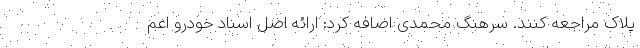
پلاک مراجعه کنند. سرهنگ محمدی اضافه کرد: ارائه اصل اسناد خودرو اعم